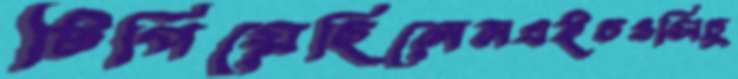
টিপিয়েছিলেনএইচওসিচু